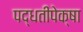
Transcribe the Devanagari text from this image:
पद्धतींपेक्षा